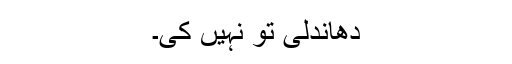
دھاندلی تو نہیں کی۔